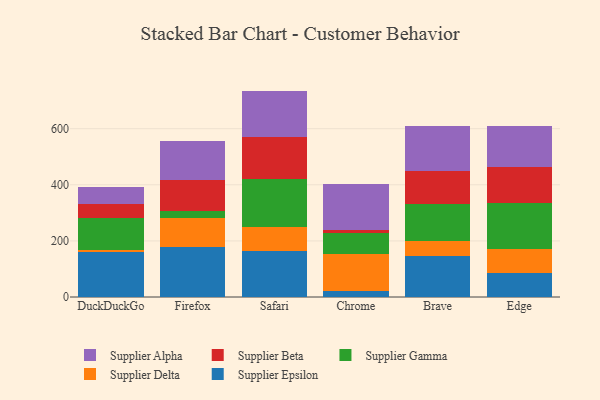
{"axis": {"x": "Browser", "y": "Population (Million)"}, "legend": ["Supplier Alpha", "Supplier Beta", "Supplier Delta", "Supplier Epsilon", "Supplier Gamma"], "data": [{"x": "DuckDuckGo", "y": 161.9, "type": "Supplier Epsilon"}, {"x": "DuckDuckGo", "y": 7.2, "type": "Supplier Delta"}, {"x": "DuckDuckGo", "y": 113.2, "type": "Supplier Gamma"}, {"x": "DuckDuckGo", "y": 47.9, "type": "Supplier Beta"}, {"x": "DuckDuckGo", "y": 60.4, "type": "Supplier Alpha"}, {"x": "Firefox", "y": 177.4, "type": "Supplier Epsilon"}, {"x": "Firefox", "y": 105.2, "type": "Supplier Delta"}, {"x": "Firefox", "y": 25.0, "type": "Supplier Gamma"}, {"x": "Firefox", "y": 110.4, "type": "Supplier Beta"}, {"x": "Firefox", "y": 136.8, "type": "Supplier Alpha"}, {"x": "Safari", "y": 163.6, "type": "Supplier Epsilon"}, {"x": "Safari", "y": 87.1, "type": "Supplier Delta"}, {"x": "Safari", "y": 169.2, "type": "Supplier Gamma"}, {"x": "Safari", "y": 151.6, "type": "Supplier Beta"}, {"x": "Safari", "y": 163.4, "type": "Supplier Alpha"}, {"x": "Chrome", "y": 23.0, "type": "Supplier Epsilon"}, {"x": "Chrome", "y": 129.3, "type": "Supplier Delta"}, {"x": "Chrome", "y": 76.0, "type": "Supplier Gamma"}, {"x": "Chrome", "y": 12.0, "type": "Supplier Beta"}, {"x": "Chrome", "y": 162.7, "type": "Supplier Alpha"}, {"x": "Brave", "y": 146.7, "type": "Supplier Epsilon"}, {"x": "Brave", "y": 52.3, "type": "Supplier Delta"}, {"x": "Brave", "y": 131.0, "type": "Supplier Gamma"}, {"x": "Brave", "y": 119.3, "type": "Supplier Beta"}, {"x": "Brave", "y": 160.1, "type": "Supplier Alpha"}, {"x": "Edge", "y": 86.6, "type": "Supplier Epsilon"}, {"x": "Edge", "y": 84.1, "type": "Supplier Delta"}, {"x": "Edge", "y": 164.1, "type": "Supplier Gamma"}, {"x": "Edge", "y": 127.8, "type": "Supplier Beta"}, {"x": "Edge", "y": 148.3, "type": "Supplier Alpha"}]}